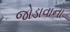
જોડાવાના